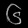
Digit: ၆